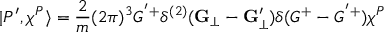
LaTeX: | P ^ { \prime } , \chi ^ { P } \rangle = \frac { 2 } { m } ( 2 \pi ) ^ { 3 } G ^ { ' + } \delta ^ { ( 2 ) } ( { \bf G } _ { \bot } - { \bf G } _ { \bot } ^ { \prime } ) \delta ( G ^ { + } - G ^ { ' + } ) \chi ^ { P }